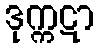
ဒုက္ကဋာ